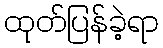
ထုတ်ပြန်ခဲ့ရာ